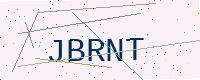
Text: JBRNT